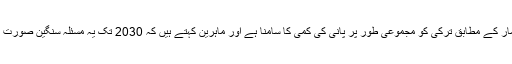
مقامی اعداد و شمار کے مطابق ترکی کو مجموعی طور پر پانی کی کمی کا سامنا ہے اور ماہرین کہتے ہیں کہ 2030 تک یہ مسئلہ سنگین صورت اختیار کر لے گا۔